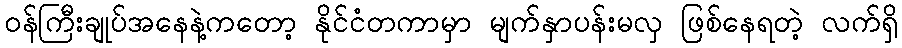
ဝန်ကြီးချုပ်အနေနဲ့ကတော့ နိုင်ငံတကာမှာ မျက်နှာပန်းမလှ ဖြစ်နေရတဲ့ လက်ရှိ